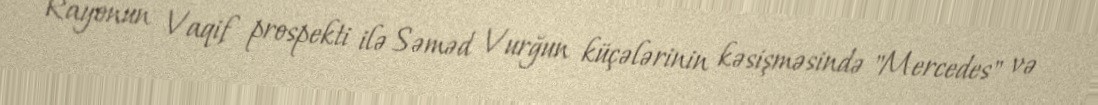
Rayonun Vaqif prospekti ilə Səməd Vurğun küçələrinin kəsişməsində "Mercedes" və